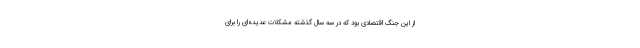
از این جنگ اقتصادی بود که در سه سال گذشته مشکلات عدیده‌ای را برای